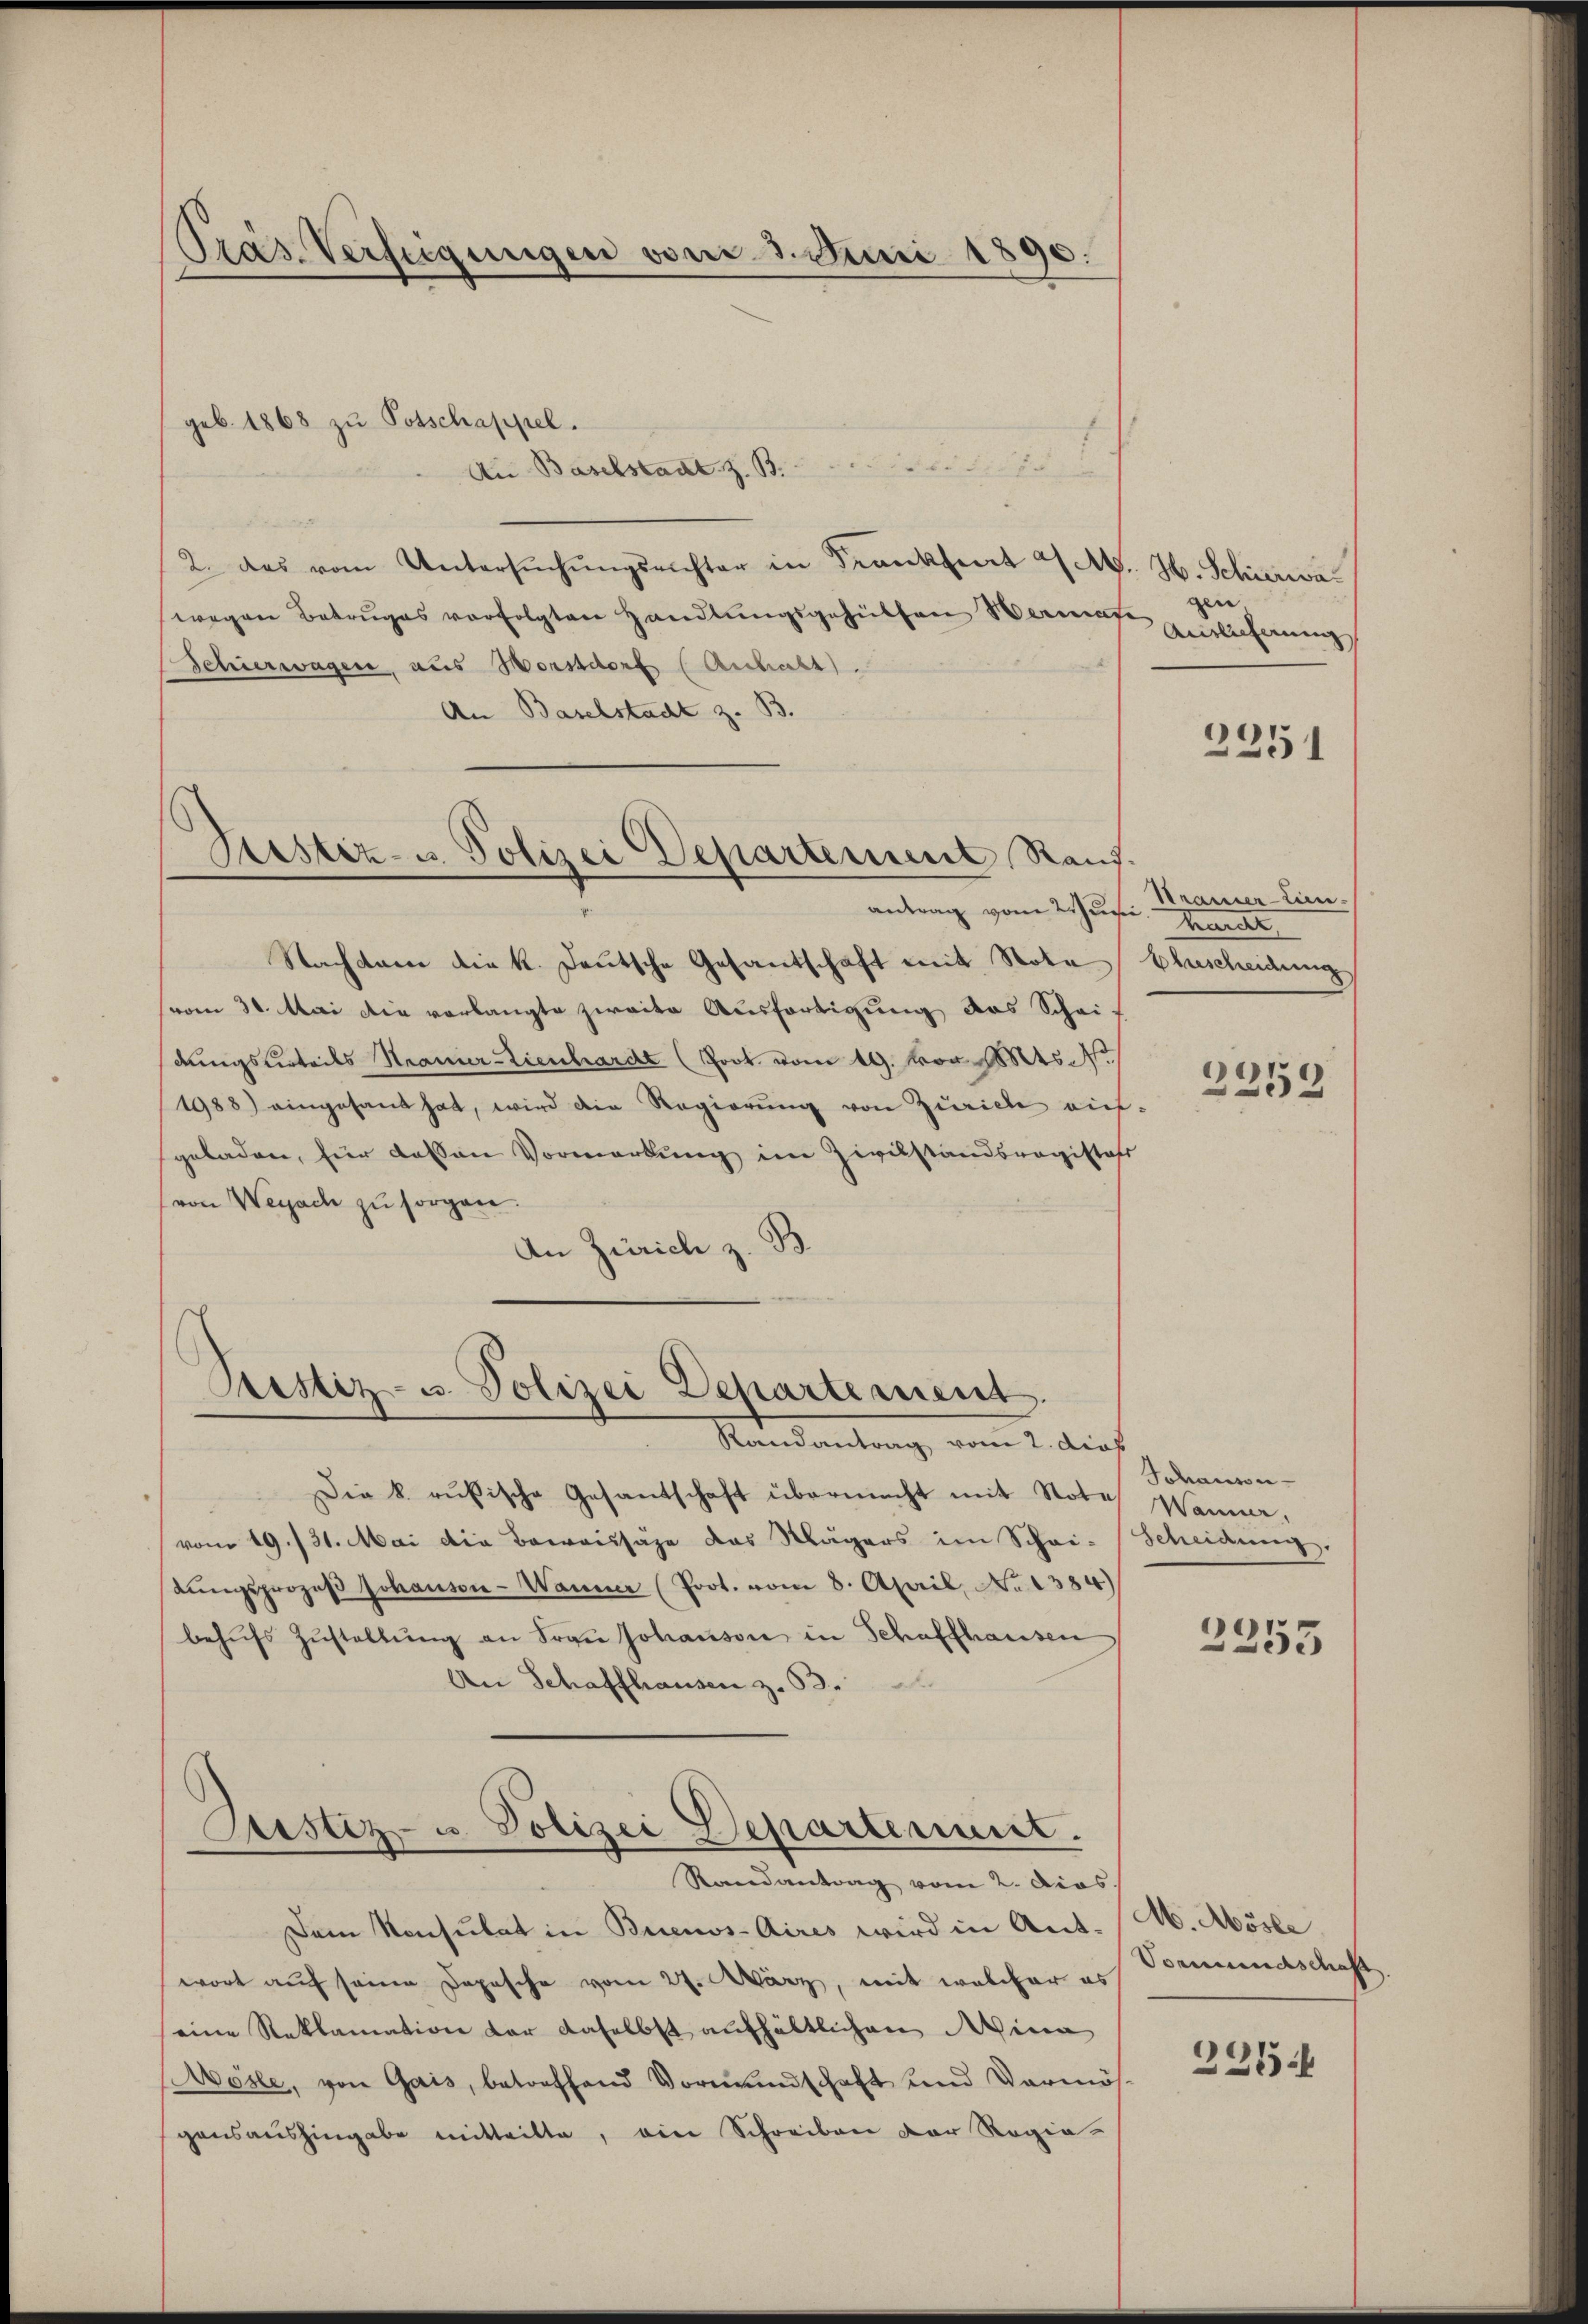
Prás Verfügungen vom 3. Juni 1890.

Testiz- u. Polizei Departement Rauf.
antrag vom Zusi

geb. 1868 zŭ Potschappel.
ausse diese
Au Baselstant z. B.
2. das vom Untersŭchŭngsrichter in Frankheit a M. H. Schirrwawegen Betruges verfolgten Handlungsgehülfen Wamat
Schierwagen, aus Horstdorf (Anhalt).
An Baselstadt z. B.
Nachbarn die k. Deutsche Gesandschaft mit Nota
vom 30. Mai die vorlangte zweite Ausfertigung das Schrif
dungstirteils Stramer-Zienchardt (Poot. vom 19. vor. Mts. 1
1988) eingesand hat, wird die Regierŭng von Zürich auf-
geladen, für dassen Vormerkung im Zivilstandsregistatt
(von Weyach zu sorgen.
An Zürich z. B.

Pestiz- u. Polizei Departement.

Randantrag vom 2. dies
Die k. rufische Gesantschaft übermacht mit Note Wanner,
vom 19. 131. Mai die Beweissähe das Mägers im Schri-Scheidung.
dŭngsprozeβ Johansen-Wann (Prot. vom 8. April No 1384)
behŭfs Zŭstellŭng an Frau Johanson in Schaffhausen
An Schaffhausen z. 53.
Randantrag vom 2. Dies
Dem Konsulat in Buenos-Aires wird in Ant. A. Mösle
wort auf seine Depesche vom 27. März, mit welcher es
eine Reklamation vor daselbst aufhältlichen Mina
Mösle, von Gais, betreffend Vormundschaft und Vermös-
gensaushingabe mitteilte, ein Schreiben der Regie-

Justiz- u. Polizei Departement.

den
e
Ainlicherung

2251

Strauer-Lun.
Bunder
Einscheidung
3259

Johanson-

2355

Vormundschaft.
236.